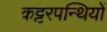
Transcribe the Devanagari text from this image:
कट्टरपन्थियों